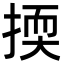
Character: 㨎